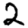
Digit: 2